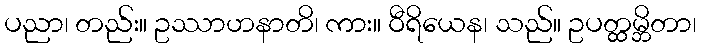
ပညာ၊ တည်း။ ဥဿာဟနာတိ၊ ကား။ ဝီရိယေန၊ သည်။ ဥပတ္ထမ္ဘိတာ၊